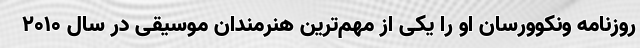
روزنامهٔ ونکوورسان او را یکی از مهم‌ترین هنرمندان موسیقی در سال ۲۰۱۰